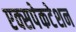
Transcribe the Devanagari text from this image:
एक्सपेकटेशन